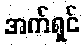
အက်ရှင်